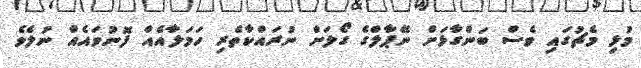
މުޅި މެޗުގައި ވެސް ބަންގާޅަށް ނޭޕާލްގެ ގޯލަށް ނުރައްކާތެރި ހަމަލާއެއް ފޮނުވައެއް ނުލެވެ